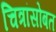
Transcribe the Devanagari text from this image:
चित्रांसोबत